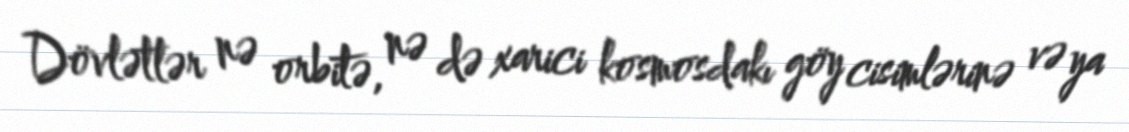
Dövlətlər nə orbitə, nə də xarici kosmosdakı göy cisimlərinə və ya